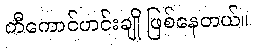
တီကောင်ဟင်းချို ဖြစ်နေတယ်။